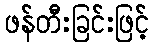
ဖန်တီးခြင်းဖြင့်